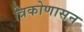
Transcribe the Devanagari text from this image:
त्रिकोणासन